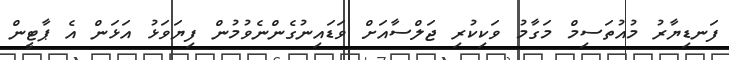
ފަނޑިޔާރު މުއުތަސިމް މަގާމު ވަކިކުރި ޖަލްސާއަށް ވަޑައިނުގެންނެވުމުން ފިޔަވަޅު އަޅަން އެ ޕާޓީން